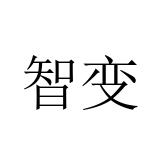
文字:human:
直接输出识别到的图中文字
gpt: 智变